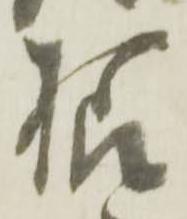
様